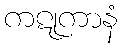
ကဋုကာနံ